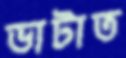
ভাটাত